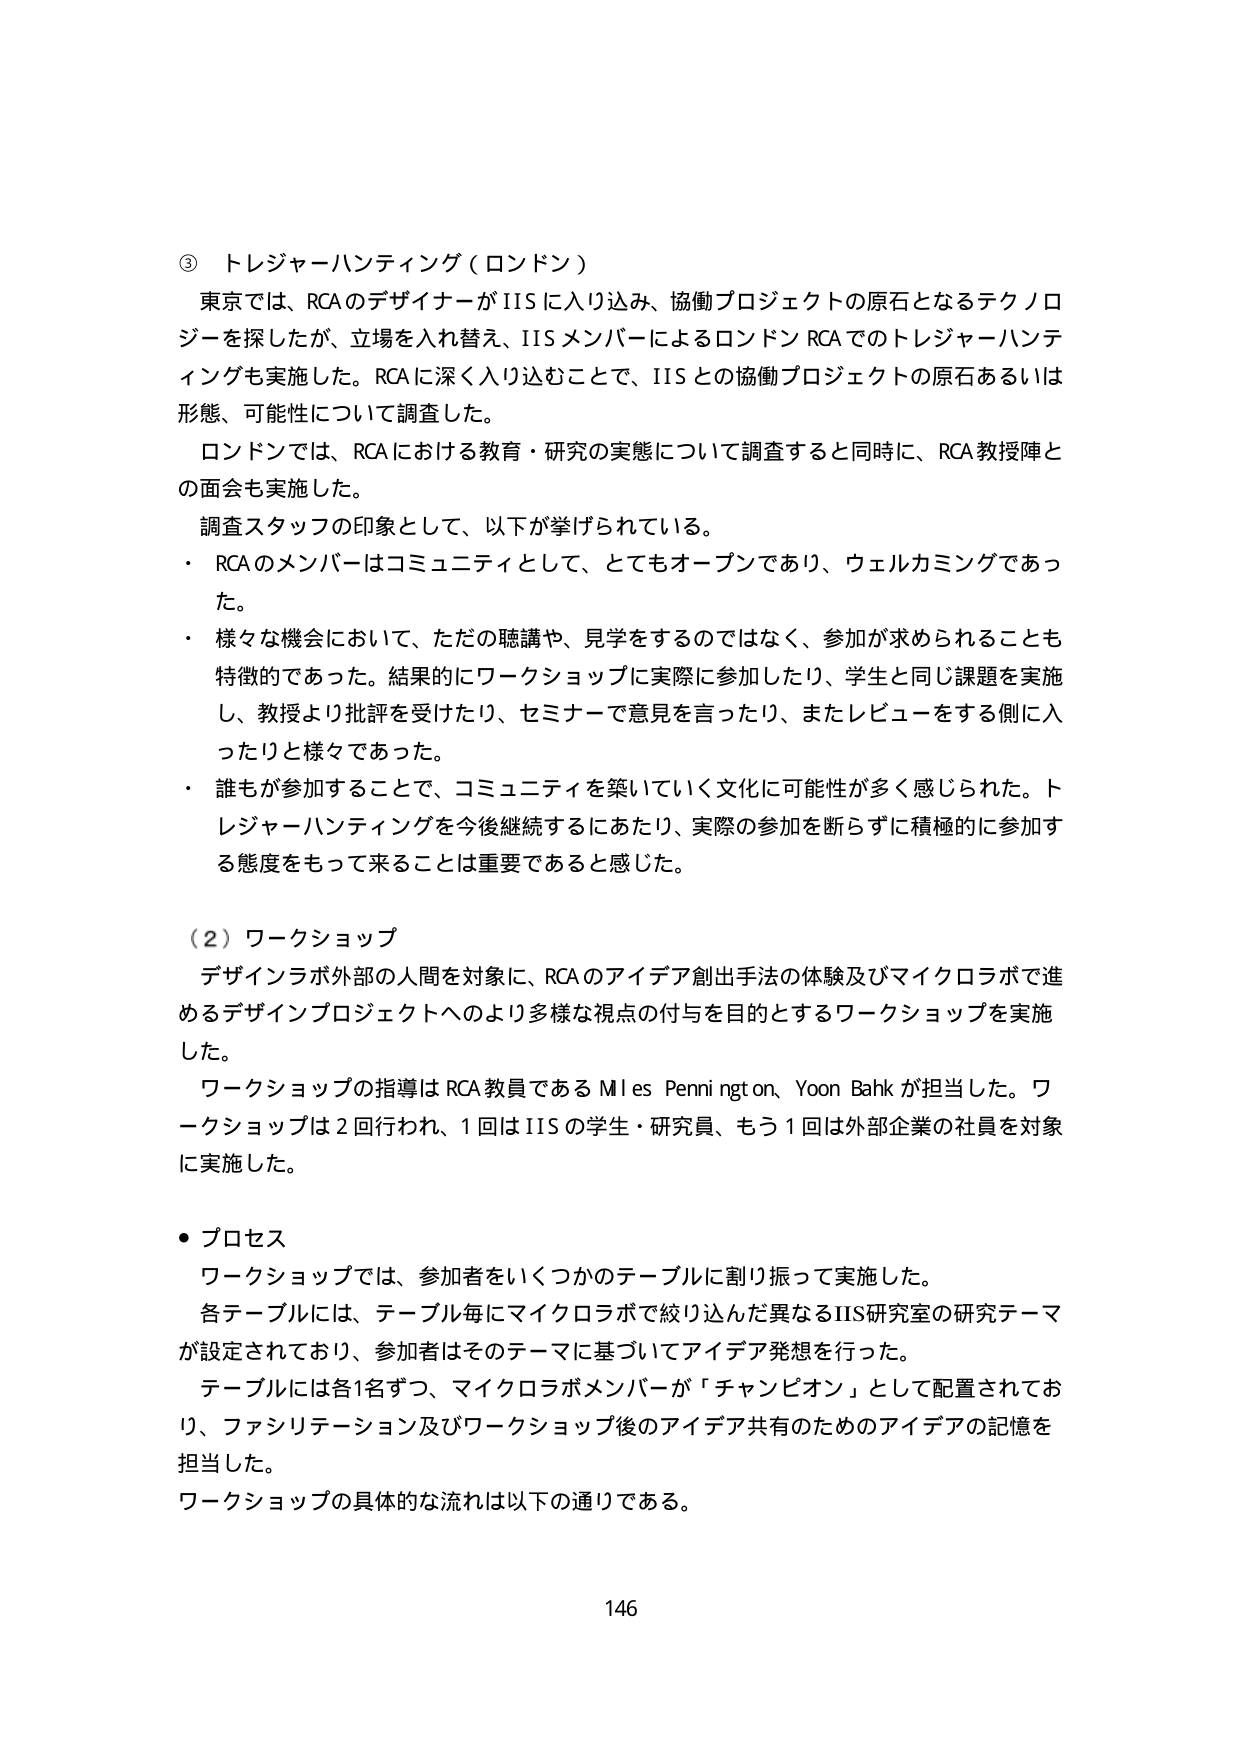
③ トレジャーハンティング（ロンドン）

東京では、RCAのデザイナーがIISに入り込み、協働プロジェクトの原石となるテクノロジーを探したが、立場を入れ替え、IISメンバーによるロンドンRCAでのトレジャーハンティングも実施した。RCAに深く入り込むことで、IISとの協働プロジェクトの原石あるいは形態、可能性について調査した。

ロンドンでは、RCAにおける教育・研究の実態について調査すると同時に、RCA教授陣との面会も実施した。

調査スタッフの印象として、以下が挙げられている。

・ RCAのメンバーはコミュニティとして、とてもオープンであり、ウェルカミングであった。

・ 様々な機会において、ただの聴講や、見学をするのではなく、参加が求められることも特徴的であった。結果的にワークショップに実際に参加したり、学生と同じ課題を実施し、教授より批評を受けたり、セミナーで意見を言ったり、またレビューをする側に入ったたりと様々であった。

・ 誰もが参加することで、コミュニティを築いていく文化に可能性が多く感じられた。トレジャーハンティングを今後継続するにあたり、実際の参加を断らずに積極的に参加する態度をもって来ることは重要であると感じた。

（2）ワークショップ

デザインラボ外部の人間を対象に、RCAのアイデア創出手法の体験及びマイクロラボで進めるデザインプロジェクトへのより多様な視点の付与を目的とするワークショップを実施した。

ワークショップの指導はRCA教員であるMiles Pennington、Yoon Bahkが担当した。ワークショップは2回行われ、1回はIISの学生・研究員、もう1回は外部企業の社員を対象に実施した。

・ プロセス

ワークショップでは、参加者をいくつかのテーブルに割り振って実施した。

各テーブルには、テーブル毎にマイクロラボで絞り込んだ異なるIIS研究室の研究テーマが設定されており、参加者はそのテーマに基づいてアイデア発想を行った。

テーブルには各1名ずつ、マイクロラボメンバーが「チャンピオン」として配置されており、ファシリテーション及びワークショップ後のアイデア共有のためのアイデアの記憶を担当した。

ワークショップの具体的な流れは以下の通りである。

146